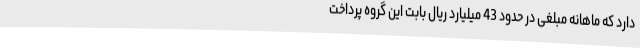
دارد که ماهانه مبلغی در حدود 43 میلیارد ریال بابت این گروه پرداخت